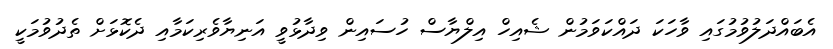
އެބައްދަލުވުމުގައި ވާހަކަ ދައްކަވަމުން ޝެއިހް އިލްޔާސް ހުސައިން ވިދާޅުވީ އަނިޔާވެރިކަމާއި ދެކޮޅަށް ތެދުވުމަކީ